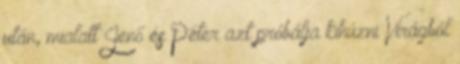
után, mialatt Jenő és Péter azt próbálja kihúzni Virágból